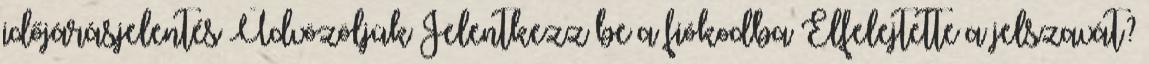
időjárásjelentés Üdvözöljük Jelentkezz be a fiókodba Elfelejtette a jelszavát?